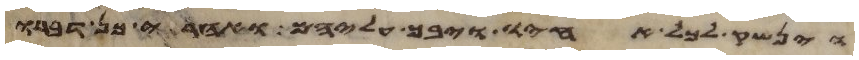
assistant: וינשק לכל אחיו ויבך עליהם ואחרי כן דברו